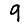
Digit: 9